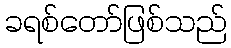
ခရစ်တော်ဖြစ်သည်